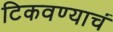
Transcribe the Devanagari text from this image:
टिकवण्याचं